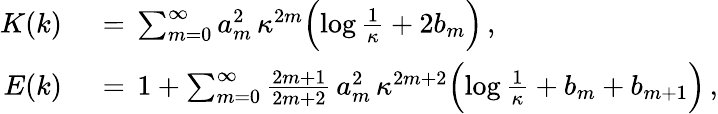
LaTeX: \begin{array}{rl}{K(k)\, }&{{}=\, \sum_{m=0}^{\infty}a_{m}^{2}\, \kappa^{2m}\Bigl(\log\frac{1}{\kappa}+2b_{m}\Bigr)\, ,}\\ {E(k)\, }&{{}=\, 1+\sum_{m=0}^{\infty}\frac{2m+1}{2m+2}\, a_{m}^{2}\, \kappa^{2m+2}\Bigl(\log\frac{1}{\kappa}+b_{m}+b_{m+1}\Bigr)\, ,}\end{array}